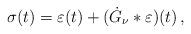
LaTeX: \begin{align*}\sigma (t) = \varepsilon (t) + ({\dot G} _\nu \ast \varepsilon)(t) \, ,\end{align*}